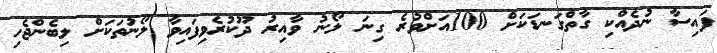
ފައިސާ ނުދެއްކި ގާތްގަނޑަކަށް 100އަށްވުރެ ގިނަ ލޯނު ވާއިރު ދޫކުރެވިފައިވާ ލޯނުތަކަށް ލިބެންޖެހި